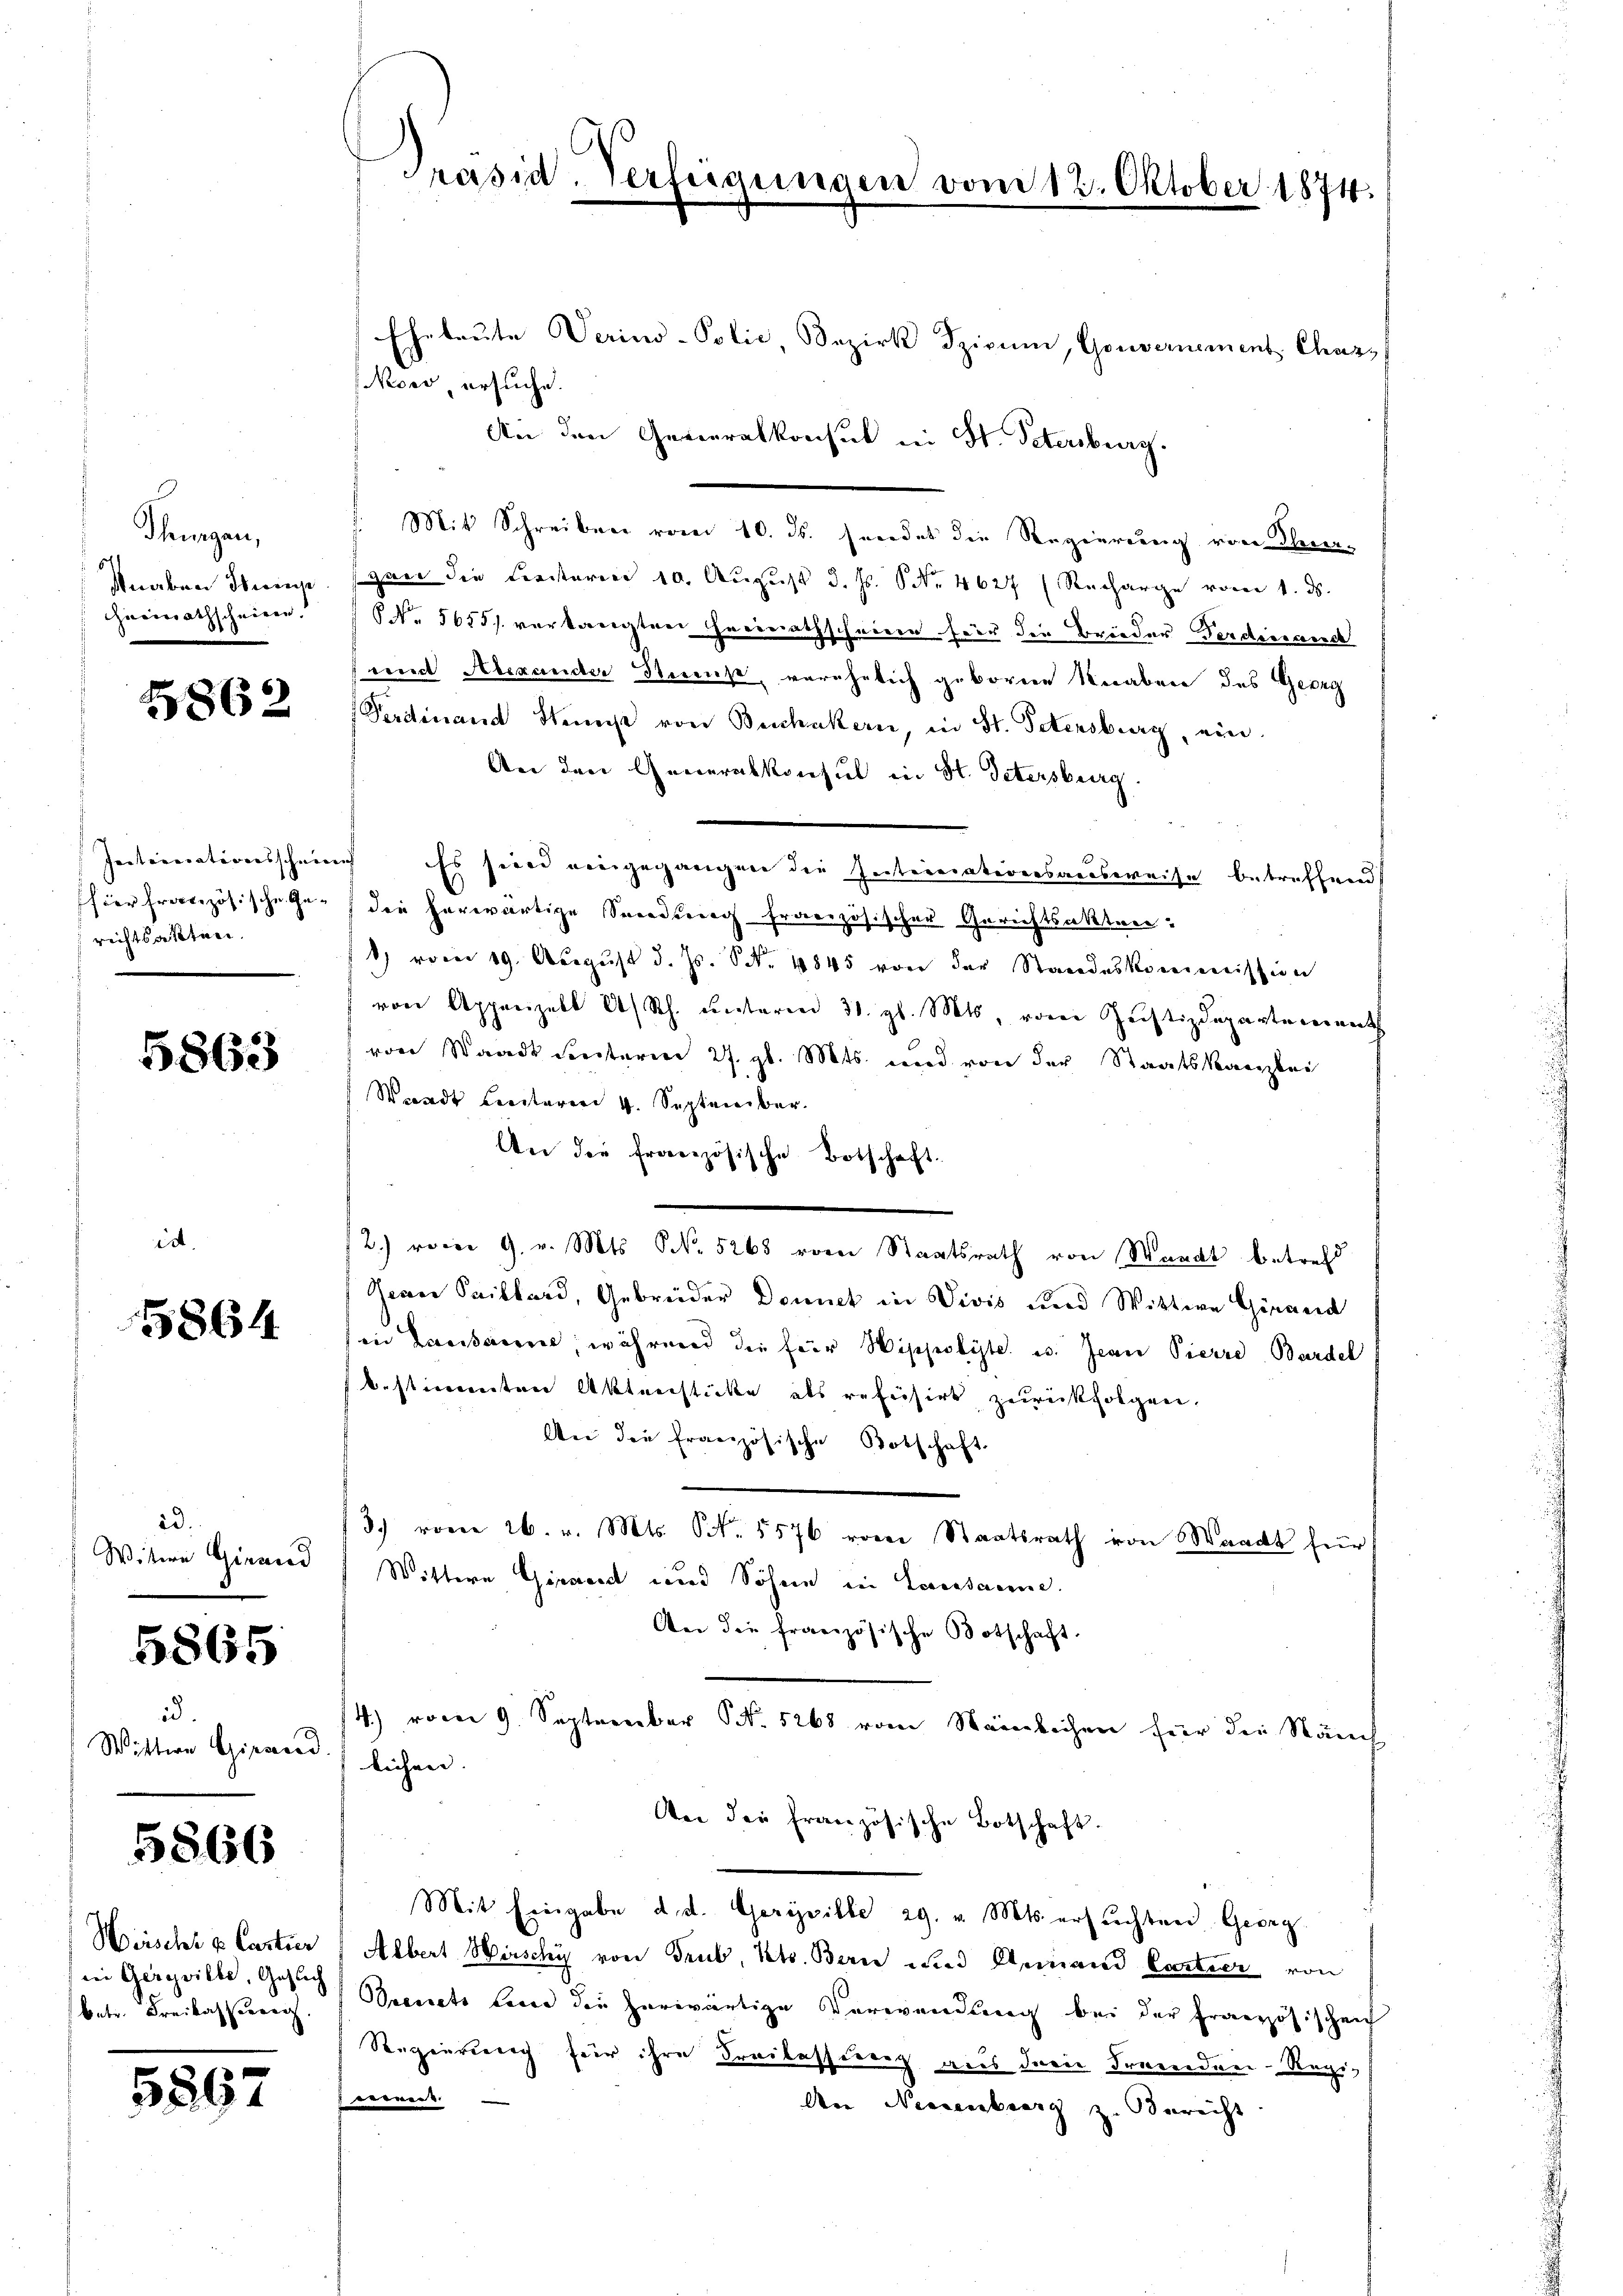
Scheungen,
5
Heirathschniren.

5862

richtsakten.

5863

5864

2d.
Wittere Ginand

5865

i.
Wistern Girard

5866

in Gerville, Gesuch
betr. Freibachserreich

5567

Präsid. Verfügungen vom 12. Oktober 1874.

Nowo, ersuche.

Eheleute Verino-Polic, Bezirk dzicum, Gouvernement Chass
An den Generalkonsul in St. Petersburg.
. Mit Schreiben vom 10. ds. feindet die Regierung von Thier¬
Knaben Stange sprer die Fensterie 10. August d. Js. S. Nr. 4627 (Recharge vom 1. ds.
No 5655/ verlangten Herirrathschnieen für die Brieder Ferdiesauch
und Alexander Stick, verehelich geborene Knaben des Georg
Perdinand Steinst von Buchakern, in St. Petensburg, ein.
An den Generalkonsul in St. Petersburg,
Internationsscheine Es sind eingegangen die Internationsausweise betreffend
hier französischehe, die herwärtige Sendung französischen Gerichtsakten:
8) vom 19. August d. Js. Nr. 4845 von der Standeskommission
von Appenzell A/Rh. unterm 31. gl. Mts. vom Justizdepartements
von Staadt unterm 27. gl. Mts. und von der Staatskanzlei
Waadt Breiterer 4. September.
An die französische Botschaft.
2.) vocer 9. v. Mts. NNo. 5268 von Staatsrath von Waadt betreff
Gener Saillard, Gebrüder Donnet in Vivis und Wittwe Girard
in Kreisacere, während die für Hippolite u. Jean Pierre Bardel
bestimmten Aktenstücke als refisirt zurückfolgen.
An die französische Botschaft
3.) vom 26. v. Mts. S. 5576 vom Staatsrath von Waadt für
Wittern Girard und Söhne in Lausanne.
An die französische Botschaft.
4.) vom 9. September N. 5268 vom Neinlichen für den Nauch
lichen. |
Aer die französische Botschaft.
Mit Eingabe d. d. Gericille 29. v. Mts. ersuchten Georg
Mäischt & Castier Albert Hirschy von Trub, Kts. Bern und Geinand Cartier von
Dienets bei die herwärtige Verwendung bei der Französischen
Regierung für ihre Freilassung aus der Fremden-Regie
Are Neesenberg z. Bericht